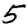
Digit: 5